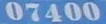
07400